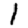
Digit: 1